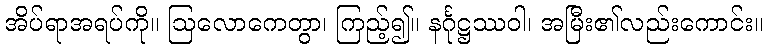
အိပ်ရာအရပ်ကို။ ဩလောကေတွာ၊ ကြည့်၍။ နင်္ဂုဋ္ဌဿဝါ၊ အမြီး၏လည်းကောင်း။